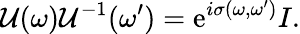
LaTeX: \mathcal{U}(\omega)\mathcal{U}^{-1}(\omega^{\prime})=\mathrm{{e}}^{i\sigma(\omega,\omega^{\prime})}I.